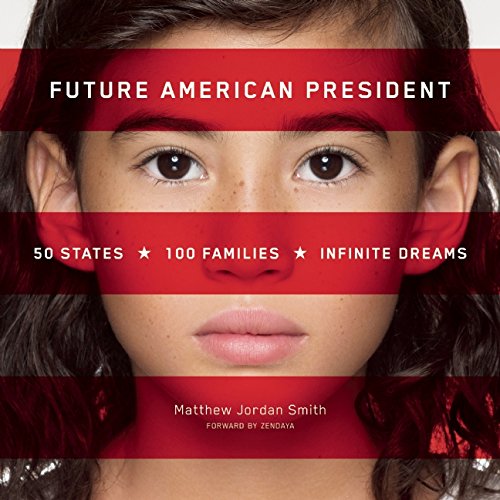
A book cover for Future American President: 50 States, 100 Families, Infinite Dreams; Matthew Jordan Smith; Arts & Photography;